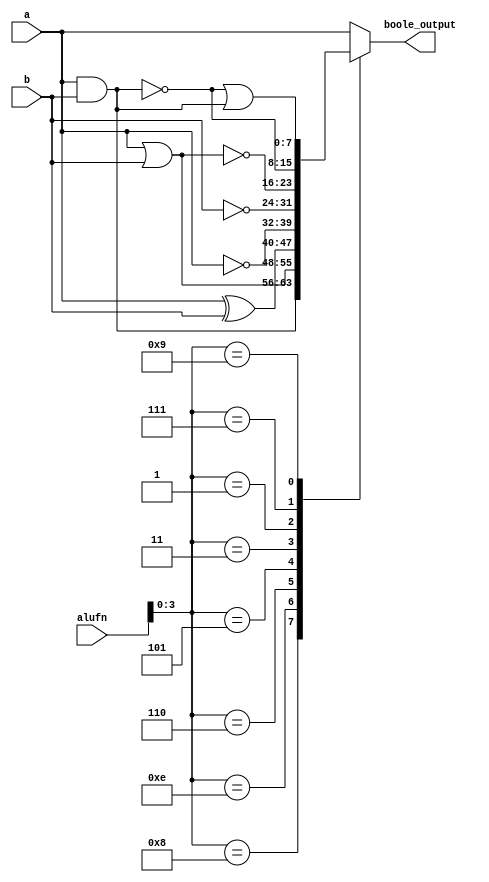
/*
   This file was generated automatically by the Mojo IDE version B1.3.5.
   Do not edit this file directly. Instead edit the original Lucid source.
   This is a temporary file and any changes made to it will be destroyed.
*/

module boolean_30 (
    input [5:0] alufn,
    input [7:0] a,
    input [7:0] b,
    output reg [7:0] boole_output
  );
  
  
  
  always @* begin
    
    case (alufn[0+3-:4])
      4'h8: begin
        boole_output[0+7-:8] = a[0+7-:8] & b[0+7-:8];
      end
      4'he: begin
        boole_output[0+7-:8] = a[0+7-:8] | b[0+7-:8];
      end
      4'h6: begin
        boole_output[0+7-:8] = a[0+7-:8] ^ b[0+7-:8];
      end
      4'ha: begin
        boole_output[0+7-:8] = a[0+7-:8];
      end
      4'h5: begin
        boole_output[0+7-:8] = ~a[0+7-:8];
      end
      4'h3: begin
        boole_output[0+7-:8] = ~b[0+7-:8];
      end
      4'h1: begin
        boole_output[0+7-:8] = ~(a[0+7-:8] | b[0+7-:8]);
      end
      4'h7: begin
        boole_output[0+7-:8] = ~(a[0+7-:8] & b[0+7-:8]);
      end
      4'h9: begin
        boole_output[0+7-:8] = ~(a[0+7-:8] & b[0+7-:8]) | (a[0+7-:8] & b[0+7-:8]);
      end
      default: begin
        boole_output[0+7-:8] = a[0+7-:8];
      end
    endcase
  end
endmodule